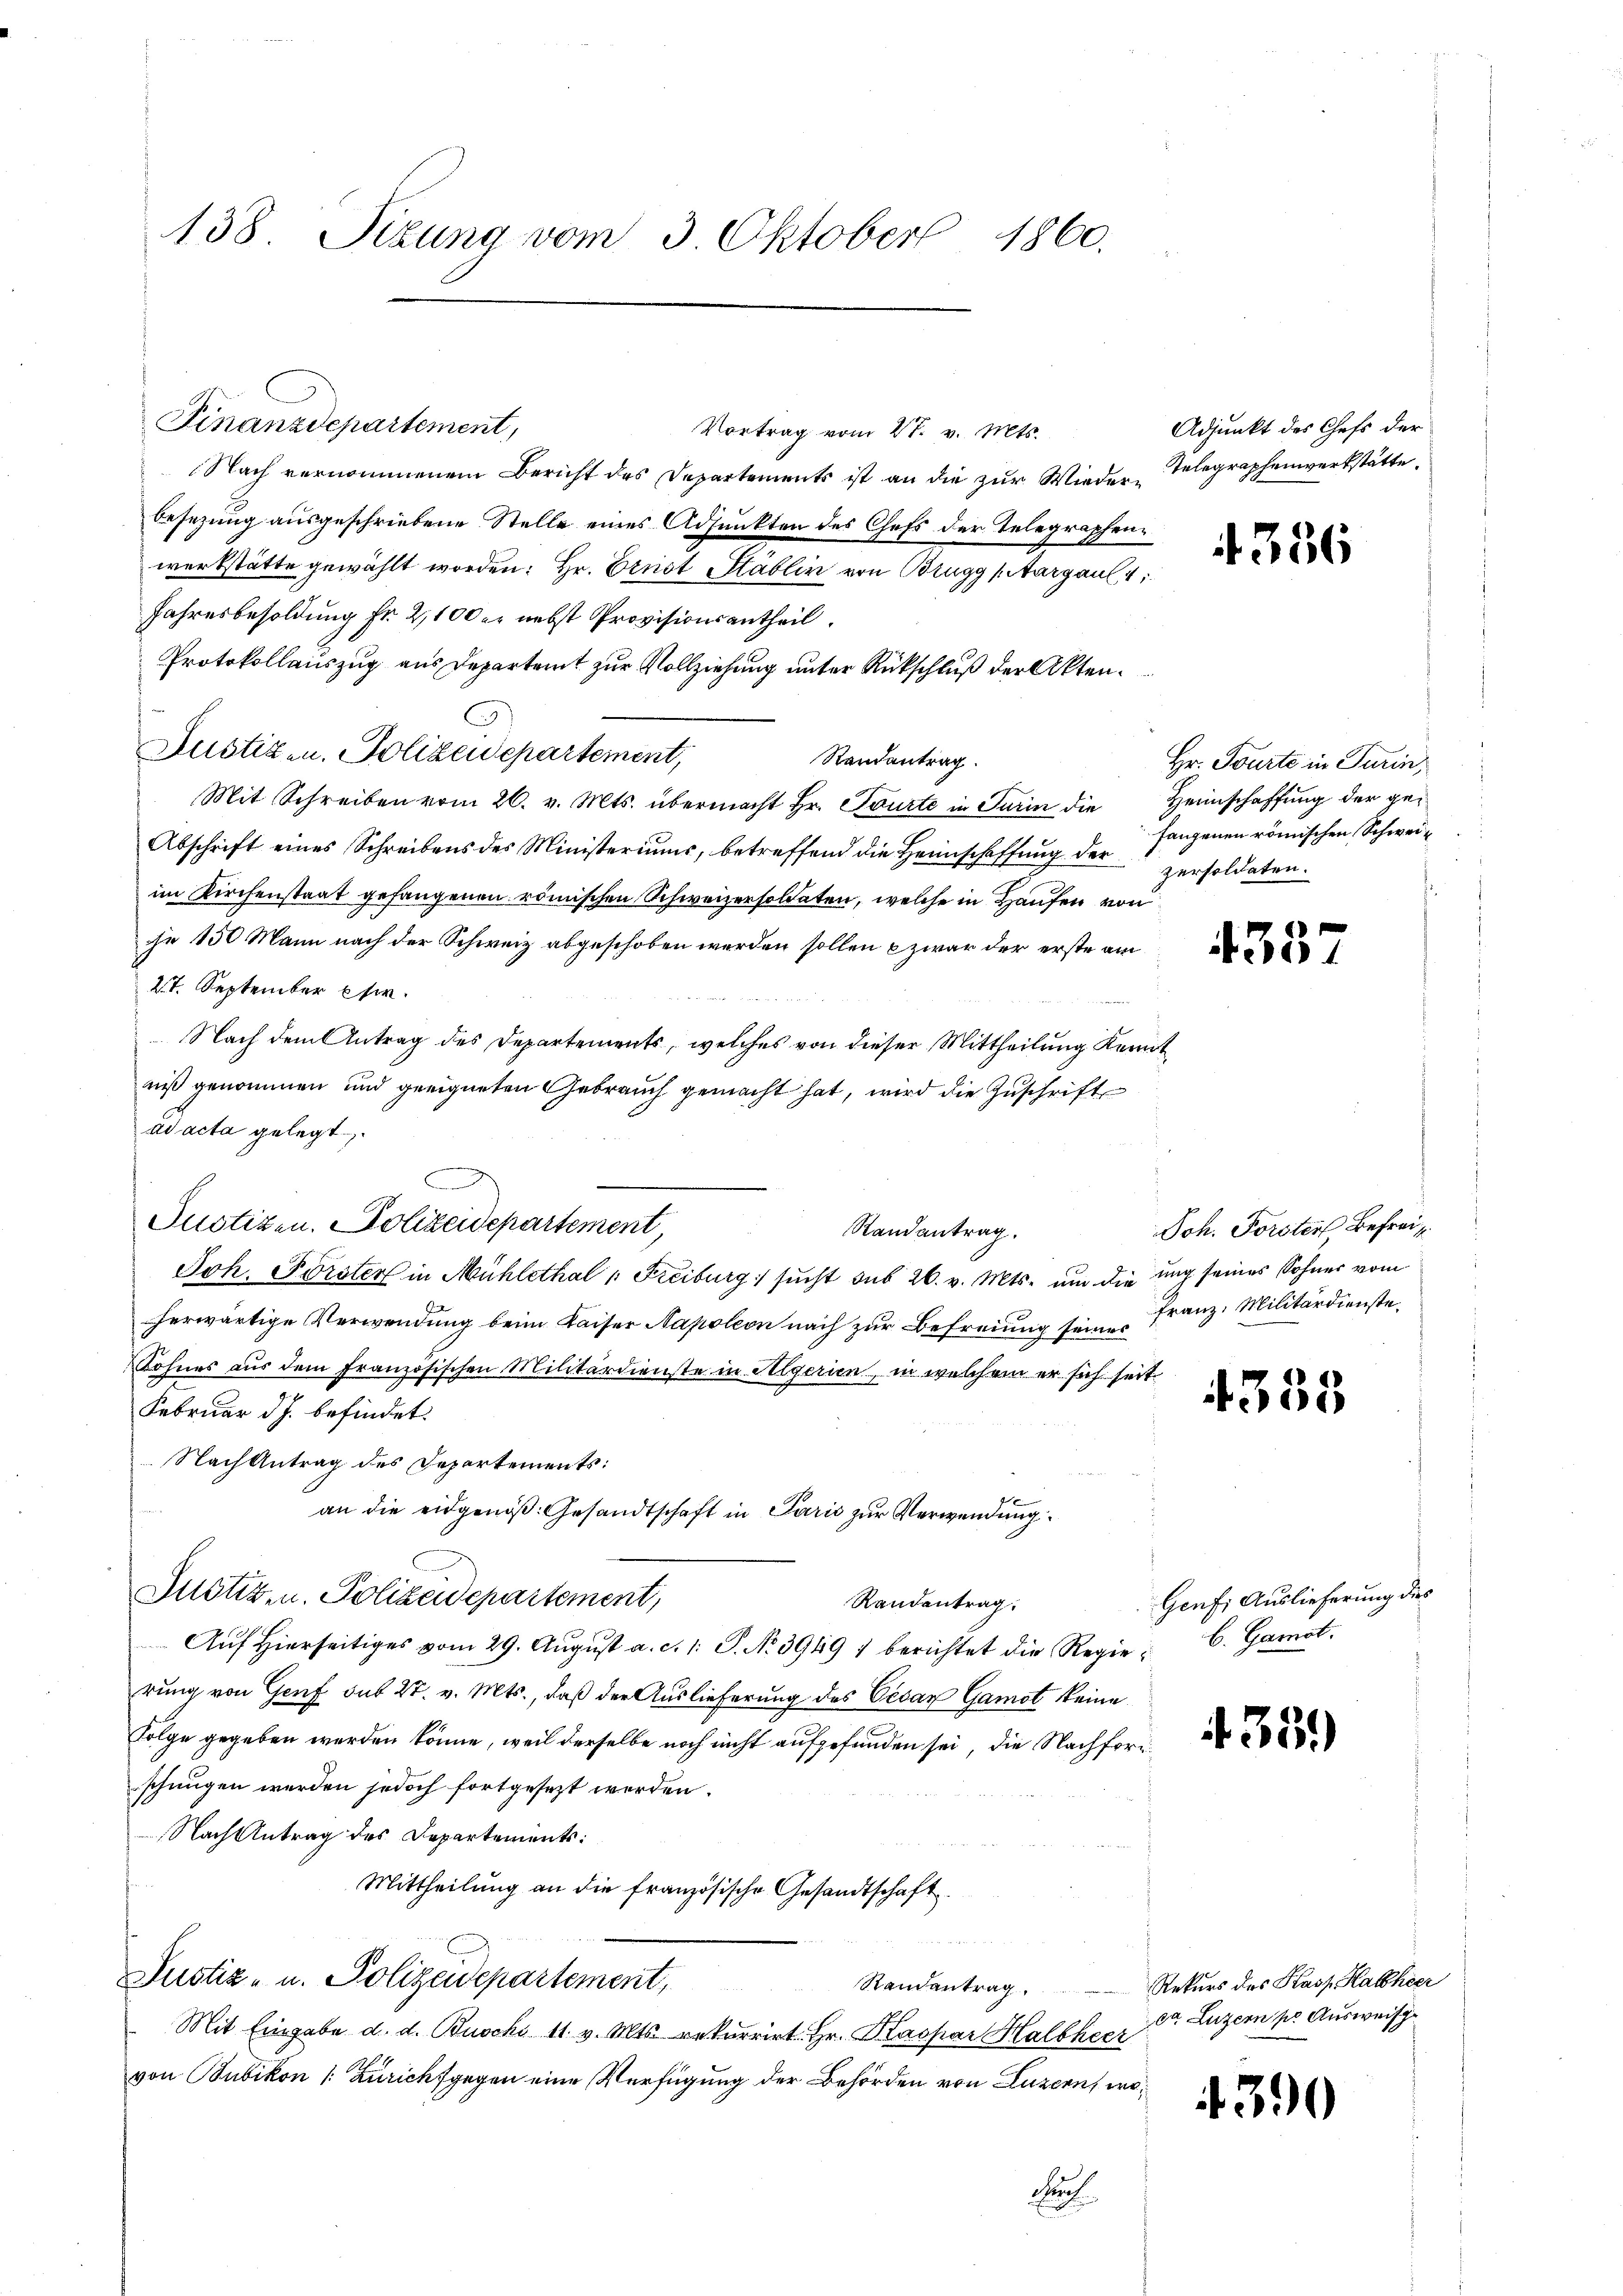
138. Sizung vom 3 Oktober 1860.

Finanzdepartement,

Vortrag vom 27. v. Mts.
Nach vernommenem Bericht des Departements ist an die zur Wieder-Telegraphenwerkstätte,
besezung ausgeschriebene Stelle eines Adjunkten des Chefs der Telegraphenwerkstätte gewählt worden: Hr. Ernst Stäblin von Brugg Margaul, 4
Jahresbesoldung Fr. 2100 er nebst Provisionsantheil.
Protokollauszug aus Departeit zur Vollziehung unter Rückschluß der Akten.
Justiz- u. Polizeidepartement,
Randantrag
Mit Schreiben vom 26. v. Mts. übermacht Hr. Courte in Turin die Heimschaffung der ge¬
Abschrift eines Schreibens des Ministeriums, betreffend die Heimschaffŭng der persoldaten.
im Kirchenstaat gefangenen römischen Schweizersoldaten, welche in Hausen von
je 150 Mann nach der Schweiz abgeschoben werden sollen zwar der erste am
27. September phir.
Nach dem Antrag des Departements, welches von dieser Mittheilung Kennt
niß genommen und geeigneten Gebrauch gemacht hat, wird die Zuschrift
ad acta gelegt
Justizen. Polizeidepartement,
Randantrag.
Joh. Förster in Mühlethal " Freiburg sucht des 26. v. Mts. um die ung seines Sohner vom
herwärtige Verwendung beim Kaiser Napoleon nach zur Befreiung seines
Rohnes aus dem französischen Militärdienste in Algerien, in welchem er sich seit
Februar d.J. befindet.
 Nach Antrag des Departements:
x
an die eidgenöß: Gesandtschaft in Paris zur Verwendung
Justiz- u. Polizeidepartement,
Randentrag.
Aŭf Hierseitiges vom 29. Aŭgŭst a. c. 1. P. No 3949 / berichtet die Regie; b. Garnat.
rung von Genf sub 27. v. Mts., daß der Auslieferung des Cesar Gamot keine
Folge gegeben werden könne, weil derselbe noch nicht aufgefunden sei, die Nachforschungen werden jedoch fortgesezt werden.
Nach Antrag des Departements:
Mittheilung an die französische Gesandtschaft
Justiz- u. Polizeidepartement,
Randantrag.
Mit Eingabe d. d. Buochi 11 v. Mts. rekurrirt Hr. Kaspar Halbheer
von Bubikon (: Zürichsgegen eine Verfügung der Behörden von Luzern, wo¬
Fuh

Adjunkt des Chefs der

4386

Hr. Tourte in Turin,
fangenen römischen Schwei¬

4337

Joh. Forster Befrei
Franz, Militärdienste.

4335

Genf; Auslieferung dies

4351)

Rekurs des Kasp. Halbheer
da Luzern pr Ausweis

4390